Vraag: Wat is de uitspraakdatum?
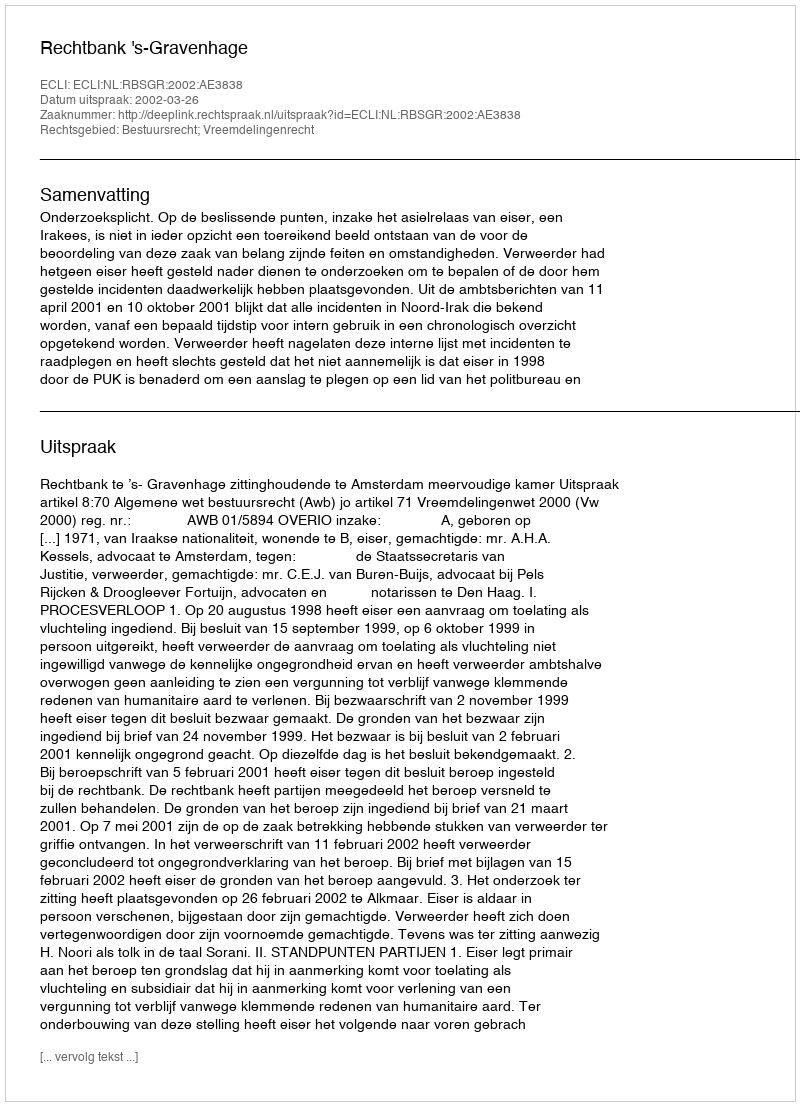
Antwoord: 2002-03-26